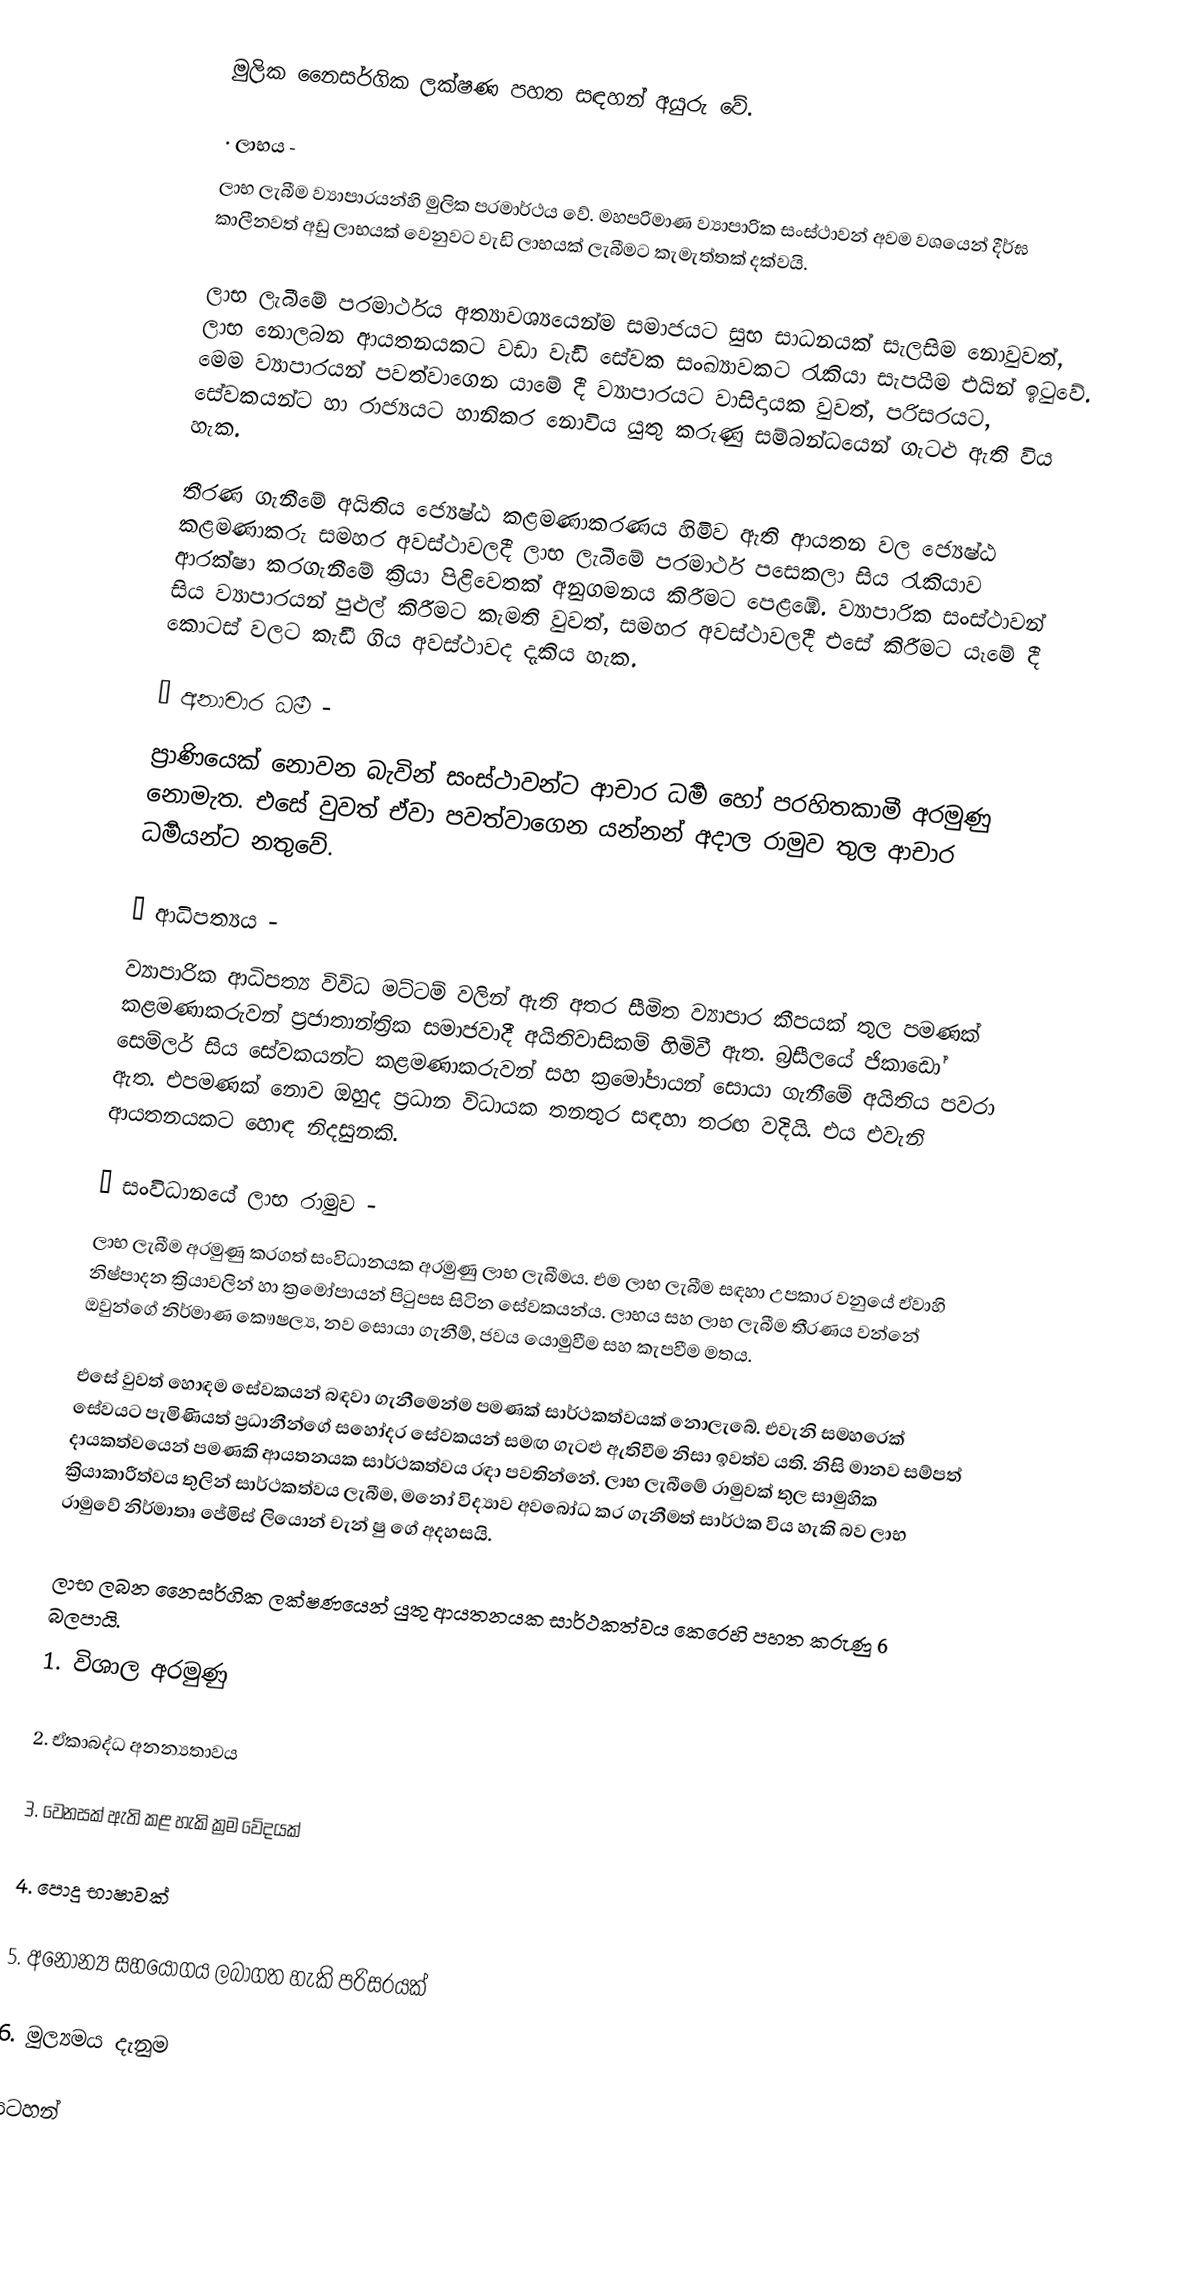
මුලික නෛසර්ගික ලක්ෂණ පහත සඳහන් අයුරු වේ.

·	ලාභය -
ලාභ ලැබීම  ව්‍යාපාරයන්හි මුලික පරමාර්ථය  වේ. මහපරිමාණ ව්‍යාපාරික සංස්ථාවන් අවම වශයෙන් දීර්ඝ කාලීනවත් අඩු ලාභයක් වෙනුවට වැඩි ලාභයක් ලැබීමට කැමැත්තක් දක්වයි.

ලාභ ලැබීමේ පරමාර්ථය අත්‍යාවශ්‍යයෙන්ම සමාජයට සුභ සාධනයක් සැලසිම නොවුවත්, ලාභ නොලබන ආයතනයකට වඩා වැඩි සේවක සංඛ්‍යාවකට රැකියා සැපයීම එයින් ඉටුවේ. මෙම  ව්‍යාපාරයන් පවත්වාගෙන යාමේ දී ව්‍යාපාරයට වාසිදායක වුවත්, පරිසරයට, සේවකයන්ට හා රාජ්‍යයට හානිකර නොවිය යුතු කරුණු සම්බන්ධයෙන් ගැටළු ඇති විය හැක.

තීරණ ගැනීමේ අයිතිය ජ්‍යෙෂ්ඨ කළමණාකරණය හිමිව ඇති ආයතන වල ජ්‍යෙෂ්ඨ කළමණාකරු සමහර අවස්ථාවලදී ලාභ ලැබීමේ පරමාර්ථ පසෙකලා  සිය රැකියාව ආරක්ෂා කරගැනීමේ ක්‍රියා පිළිවෙතක් අනුගමනය කිරීමට පෙළඹේ. ව්‍යාපාරික සංස්ථාවන් සිය ව්‍යාපාරයන් පුළුල් කිරීමට කැමති වුවත්, සමහර අවස්ථාවලදී එසේ කිරීමට යෑමේ දී කොටස් වලට කැඩී ගිය අවස්ථාවද දැකිය හැක.

·	අනාචාර ධර්‍ම -
ප්‍රාණියෙක් නොවන බැවින් සංස්ථාවන්ට ආචාර ධර්‍ම හෝ පරහිතකාමී අරමුණු ‍නොමැත.  එසේ වුවත් ඒවා පවත්වාගෙන යන්නන් අදාල රාමුව තුල ආචාර ධර්‍මයන්ට නතුවේ.

·	ආධිපත්‍යය -
ව්‍යාපාරික ආධිපත්‍ය විවිධ මට්ටම් වලින් ඇති අතර සීමිත ව්‍යාපාර කීපයක් තුල පමණක් කළමණාකරුවන් ප්‍රජාතාන්ත්‍රික සමාජවාදී අයිතිවාසිකම් හිමිවී ඇත. බ්‍රසීලයේ ජිකාඩෝ සෙම්ලර් සිය සේවකයන්ට කළමණාකරුවන් සහ ක්‍රමෝපායන් සොයා ගැනීමේ අයිතිය පවරා ඇත. එපමණක් නොව ඔහුද ප්‍රධාන විධායක තනතුර  සඳහා තරඟ වදියි. එය එවැනි ආයතනයකට හොඳ නිදසුනකි.

·	සංවිධානයේ ලාභ රාමුව -
ලාභ ලැබීම අරමුණු කරගත් සංවිධානයක අරමුණු ලාභ ලැබීමය. එම ලාභ ලැබීම සඳහා උපකාර  වනුයේ ඒවාහි නිෂ්පාදන ක්‍රියාවලින් හා ක්‍රමෝපායන් පිටුපස සිටින සේවකයන්ය. ලාභය සහ ලාභ ලැබීම තීරණය වන්නේ ඔවුන්ගේ නිර්මාණ කෞෂල්‍ය, නව සොයා ගැනීම්, ජවය යොමුවීම සහ කැපවීම මතය.

එසේ වුවත් හොඳම සේවකයන් බඳවා ගැනීමෙන්ම පමණක් සාර්ථකත්වයක් නොලැබේ. එවැනි සමහරෙක් සේවයට පැමිණියත් ප්‍රධානීන්ගේ සහෝදර සේවකයන් සමඟ  ගැටළු ඇතිවීම නිසා ඉවත්ව යති. නිසි මානව සම්පත් දායකත්වයෙන් පමණකි ආයතනයක  සාර්ථකත්වය රඳා පවතින්නේ.  ලාභ ලැබීමේ රාමුවක් තුල සාමුහික ක්‍රියාකාරීත්වය තුලින් සාර්ථකත්වය  ලැබීම, මනෝ විද්‍යාව අවබෝධ කර ගැනීමත් සාර්ථක විය හැකි බව ලාභ රාමුවේ  නිර්මාතෘ  ජේමිස් ලියොන් චැන් ෂු ගේ අදහසයි.

ලාභ ලබන නෛසර්ගික ලක්ෂණයෙන් යුතු ආයතනයක සාර්ථකත්වය කෙරෙහි පහත කරුණු 6 බලපායි.
1.	විශාල අරමුණු

2.	ඒකාබද්ධ අනන්‍යතාවය

3.	වෙනසක් ඇති කළ හැකි ක්‍රම වේදයක්

4.	පොදු භාෂාවක්

5.	අනෝන්‍ය සහයෝගය ලබාගත හැකි පරිසරයක්

6.	මුල්‍යමය දැනුම

සටහන්